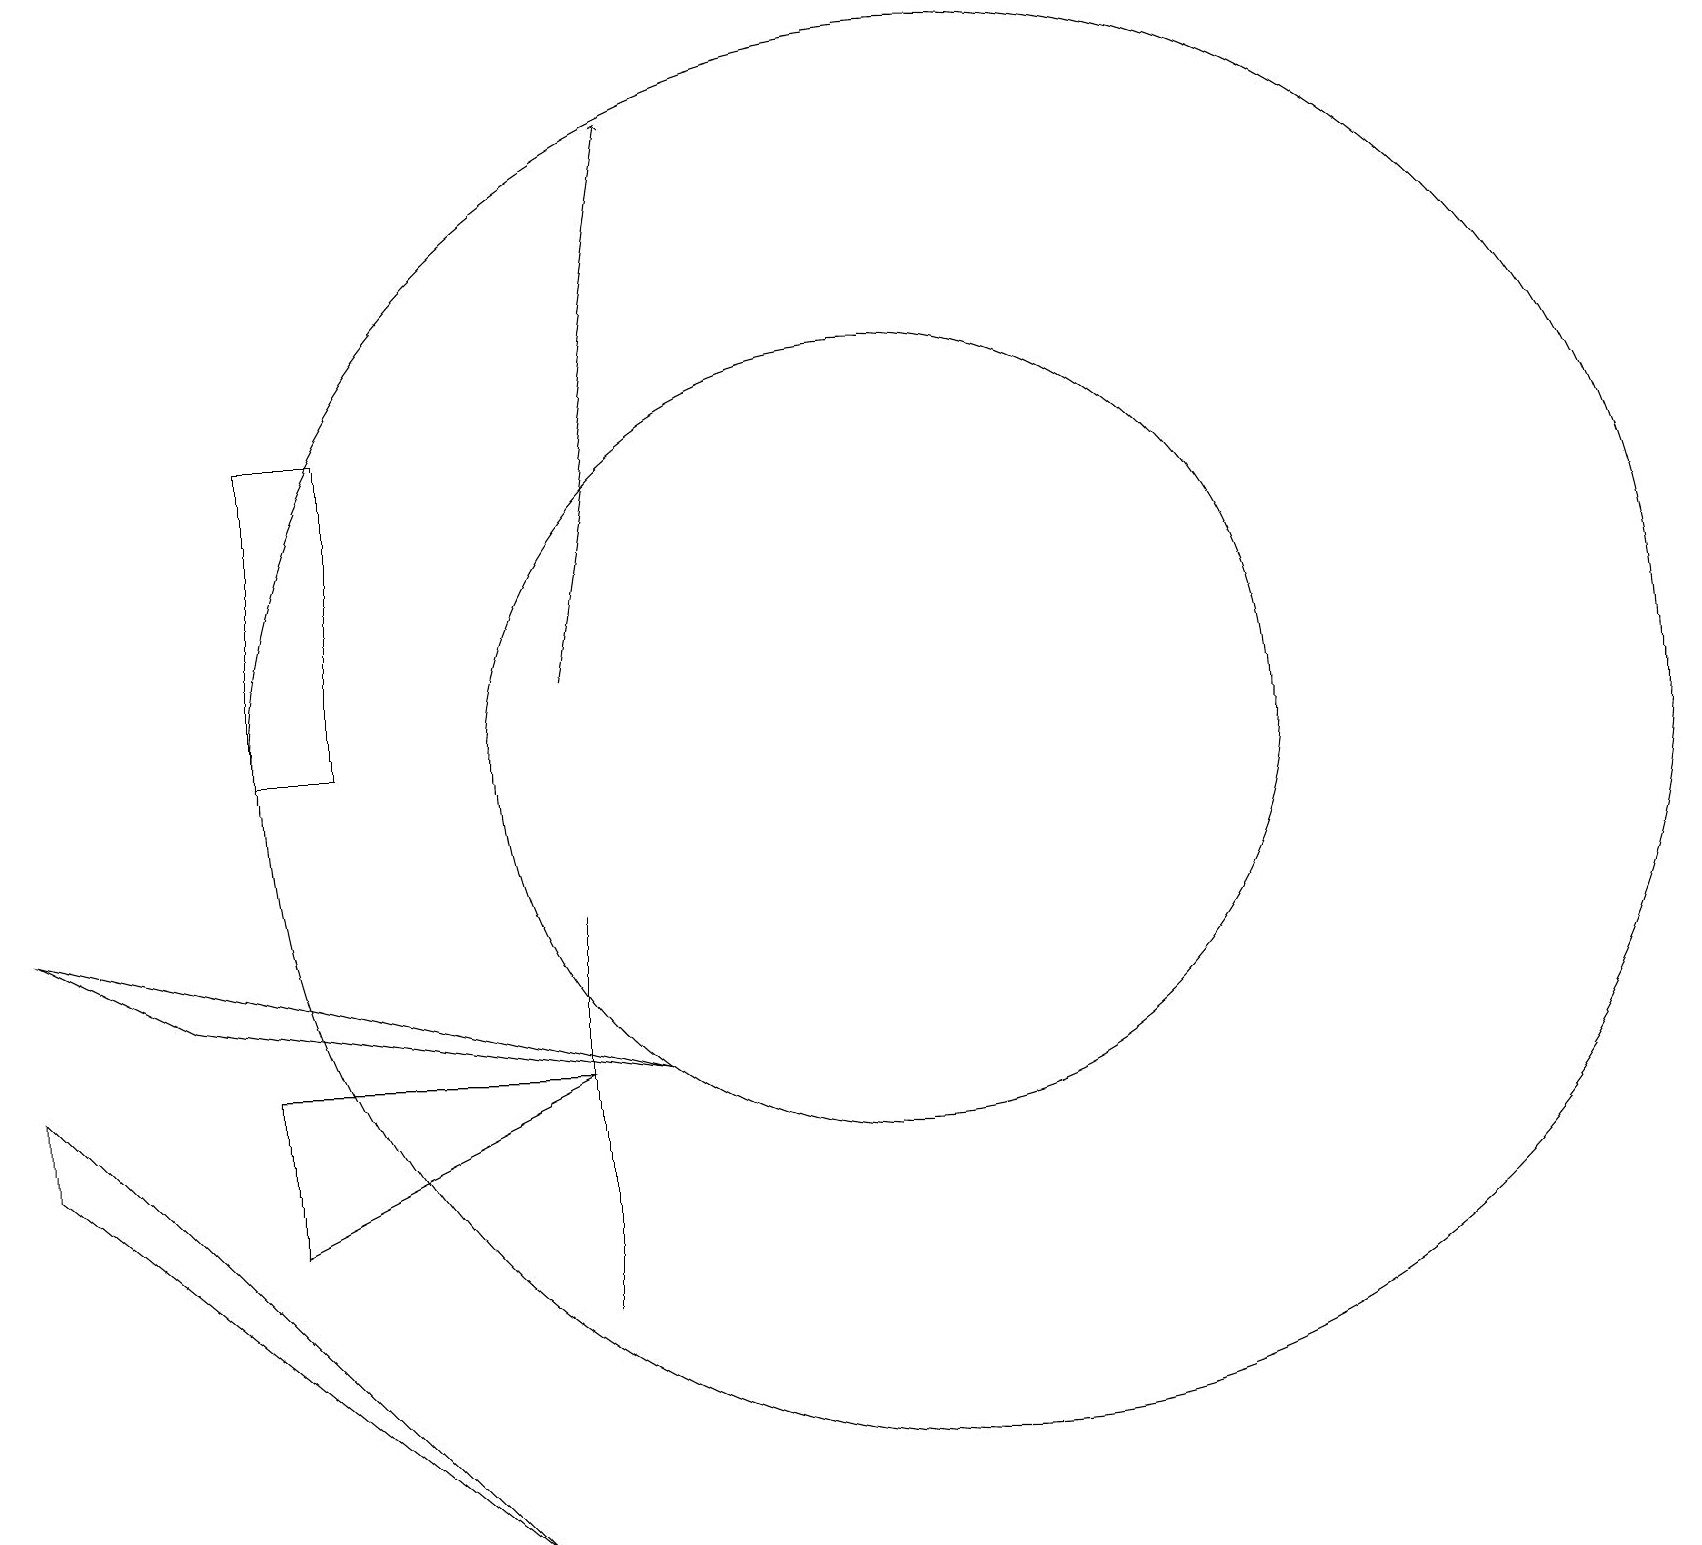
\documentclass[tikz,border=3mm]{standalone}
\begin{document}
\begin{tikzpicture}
\draw[->] (7,11) -- (8,18);
\draw (6,0) -- (0,6) -- (0,5) -- cycle;
\draw (4,10) rectangle (3,14);
\draw (8,6) -- (2,7) -- (0,8) -- cycle;
\draw (11,10) circle (5);
\draw (3,4) -- (7,6) -- (3,6) -- cycle;
\draw (7,3) -- (7,8) -- (7,6) -- cycle;
\draw (12,10) circle (9);
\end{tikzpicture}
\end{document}